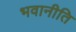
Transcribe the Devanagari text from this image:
भवानीति